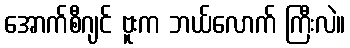
အောက်စီဂျင် ဗူးက ဘယ်လောက် ကြီးလဲ။